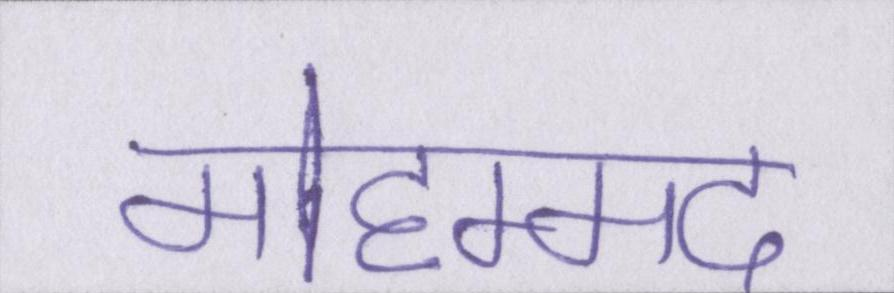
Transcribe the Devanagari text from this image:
मोहम्मद